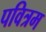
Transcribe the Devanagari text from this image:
पवित्रम